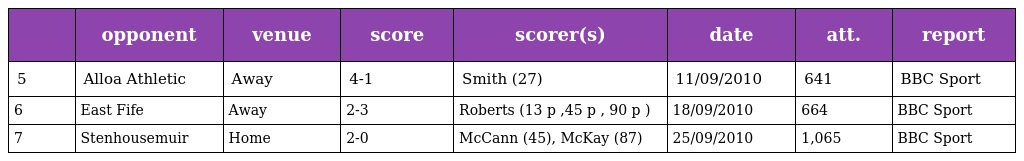
|  | opponent | venue | score | scorer(s) | date | att. | report |
 | --- | --- | --- | --- | --- | --- | --- | --- |
 | 5 | Alloa Athletic | Away | 4-1 | Smith (27) | 11/09/2010 | 641 | BBC Sport |
 | 6 | East Fife | Away | 2-3 | Roberts (13 p ,45 p , 90 p ) | 18/09/2010 | 664 | BBC Sport |
 | 7 | Stenhousemuir | Home | 2-0 | McCann (45), McKay (87) | 25/09/2010 | 1,065 | BBC Sport |